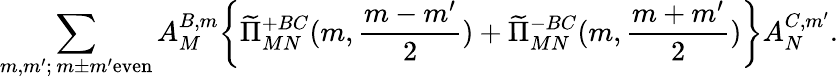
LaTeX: \sum_{m,m^{\prime};\, m\pm m^{\prime}\mathrm{even}}A_{M}^{B,m}\biggl\{ \widetilde\Pi_{MN}^{+BC}(m,\frac{m-m^{\prime}}{2})+\widetilde\Pi_{MN}^{-BC}(m,\frac{m+m^{\prime}}{2})\biggr\} A_{N}^{C,m^{\prime}}.